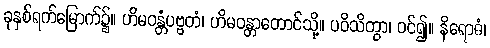
ခုနှစ်ရက်မြောက်၌။ ဟိမဝန္တံပဗ္ဗတံ၊ ဟိမဝန္တာတောင်သို့။ ပဝိသိတွာ၊ ဝင်၍။ နိရောဓံ၊